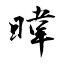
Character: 暐